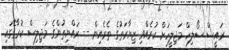
ރައީސް ސޯލިހް މަޖިލީހަށް ކުރެއްވި ޒިޔާރަތުގެ ތެރެއިން -- ރައްޔިތުންގެ މަޖިލިސް ކުރާގޭގައި